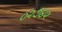
૦૨૭૪૨